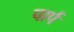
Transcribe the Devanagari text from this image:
पार्प